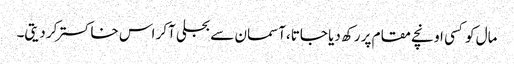
مال کو کسی اونچے مقام پر رکھ دیا جاتا،آسمان سے بجلی آکر اس خاکستر کر دیتی۔